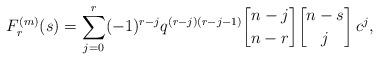
LaTeX: \begin{align*}F^{(m)}_r(s)=\sum_{j=0}^r(-1)^{r-j}q^{(r-j)(r-j-1)}{n-j\brack n-r}{n-s\brack j}\, c^j,\end{align*}